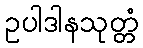
ဥပါဒါနသုတ္တံ